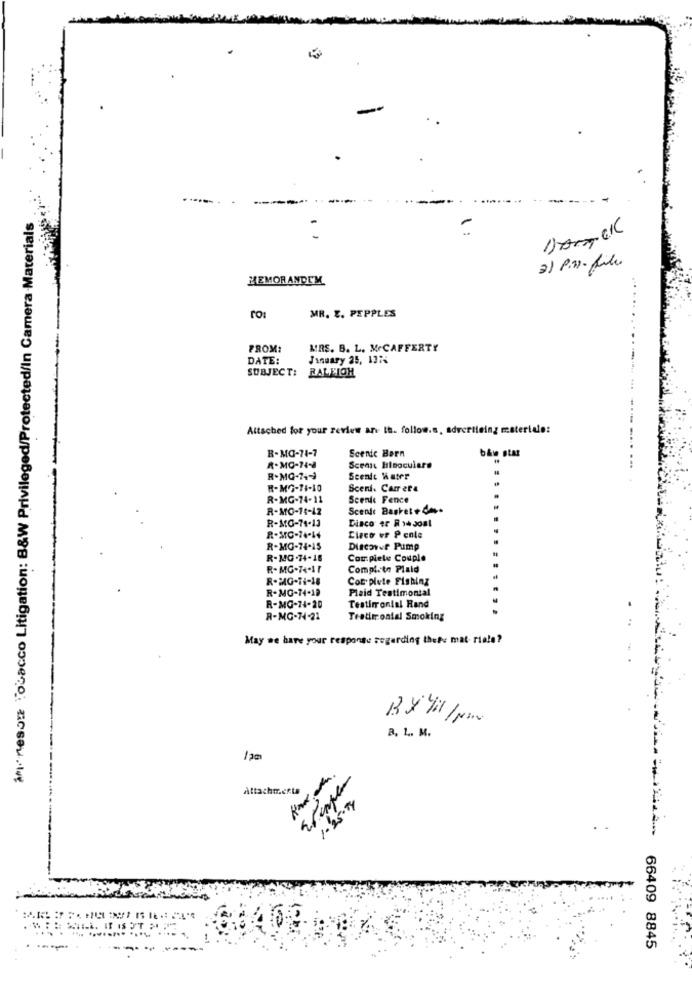
-----.
Amoresor Tobacco Litigation: B&W Privileged/Protected/In Camera Materials
1 :
213
2) P.M. file
MEMORANDEM
MR. Z. PEPPLES
ro:
FROM:
MRS. B. L. M.CAFFERTY
DATE:
January 25, 137%
SUBJECT: RALLIOH
-
Attached for your review an- th. follow.s, advertising materiale:
B-MG-71-7
Scenic Barn
R.MO-74-8
Scenic Binoculars
R-MQ-7443
Scenic Water
R-MG-11-10
Sceni. Carrera
R-MG-74-11
Scenic Fence
R-MO-14-12
Scende Basket + dos.
R-MG-11-13
Disco er Ryh Jo81
R-MC-74.44
Cinco er Pente
R-MG-74-15
Discover Pump
R-MG -74- 18
Complete Couple
R-MG-74-11
Completo Plaid
R-MG-11-18
Cot plute Fishing
R-MG-74-19
Plaid Testimonial
R-MG-74-20
Testimonial Rand
R-MG-74-21
Tradiironial Smoking
May ne have your response regarding thefu mat- riale?
BX Vil /rm
B. L. M.
Attachments
1.25.4
66409 8845